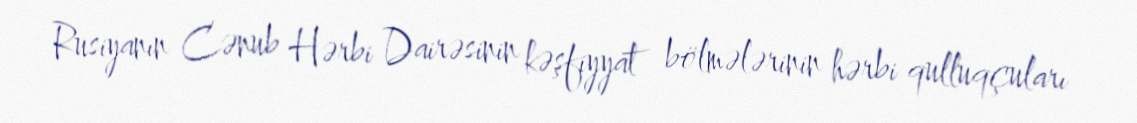
Rusiyanın Cənub Hərbi Dairəsinin kəşfiyyat bölmələrinin hərbi qulluqçuları